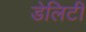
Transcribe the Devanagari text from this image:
डेलिटी